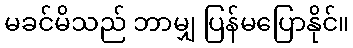
မခင်မိသည် ဘာမျှ ပြန်မပြောနိုင်။